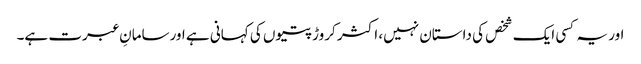
اور یہ کسی ایک شخص کی داستان نہیں، اکثر کروڑپتیوں کی کہانی ہے اورسامانِ عبرت ہے۔